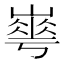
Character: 𡼙